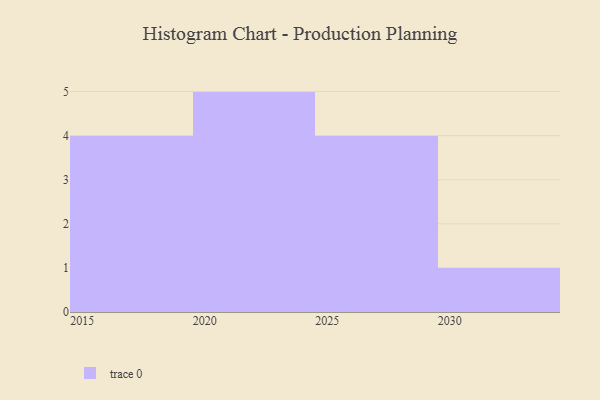
{"axis": {"x": "Year", "y": "Budget (USD K)"}, "legend": [""], "data": [{"x": "2022", "y": 3, "type": ""}, {"x": "2015", "y": 100, "type": ""}, {"x": "2025", "y": 17, "type": ""}, {"x": "2021", "y": 33, "type": ""}, {"x": "2023", "y": 87, "type": ""}, {"x": "2030", "y": 24, "type": ""}, {"x": "2018", "y": 20, "type": ""}, {"x": "2020", "y": 26, "type": ""}, {"x": "2019", "y": 66, "type": ""}, {"x": "2017", "y": 64, "type": ""}, {"x": "2028", "y": 79, "type": ""}, {"x": "2029", "y": 87, "type": ""}, {"x": "2024", "y": 37, "type": ""}, {"x": "2027", "y": 75, "type": ""}]}